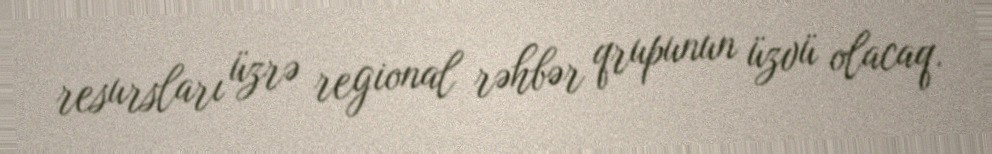
resursları üzrə regional rəhbər qrupunun üzvü olacaq.